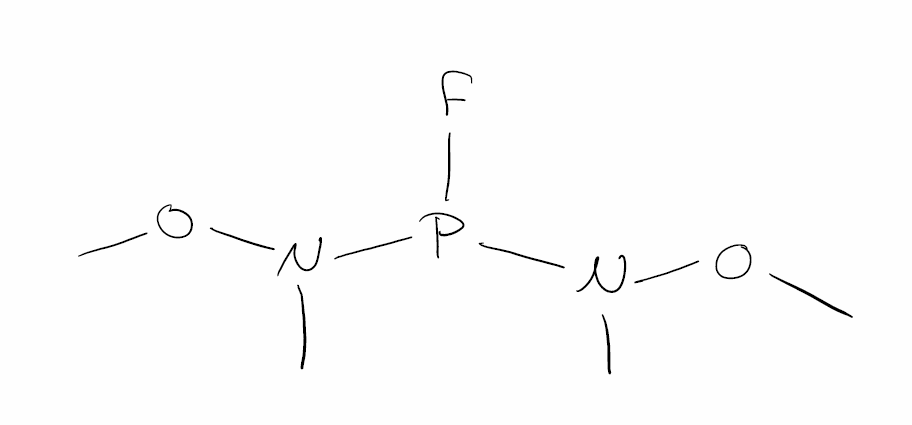
Simplified molecular-input line-entry system (SMILES) notation of the given molecule:
CN(OC)P(N(C)OC)F